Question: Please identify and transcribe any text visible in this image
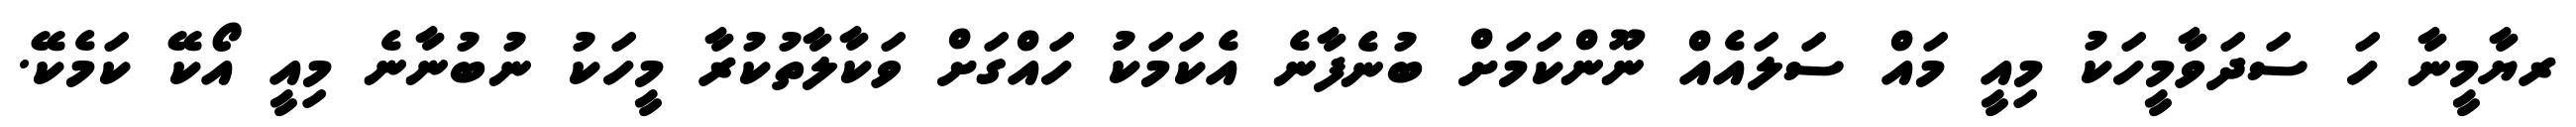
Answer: ރޔާމީނާ ހަ ސަދަވާމީހަކު މިއީ މައް ސަލައެއް ނޫންކަމަށް ބުނެފާނެ އެކަމަކު ހައްގަށް ވަކާލާތުކުރާ މީހަކު ނުބުނާނެ މިއީ އޯކޭ ކަމެކޭ.